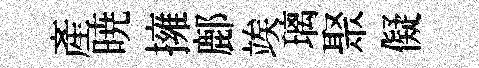
産暁擁鄜竢璃聚儗